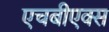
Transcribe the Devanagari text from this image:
एचबीएक्स